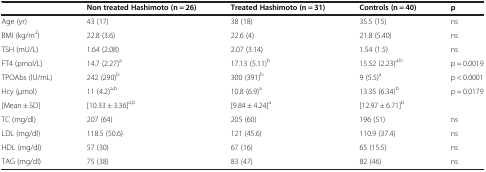
<table><thead><tr><td><b> </b></td><td><b>Non treated Hashimoto (n = 26)</b></td><td><b>Treated Hashimoto (n = 31)</b></td><td><b>Controls (n = 40)</b></td><td><b>p</b></td></tr></thead><tbody><tr><td>Age (yr)</td><td>43 (17)</td><td>38 (18)</td><td>35.5 (15)</td><td>ns</td></tr><tr><td>BMI (kg/m<sup>2</sup>)</td><td>22.8 (3.6)</td><td>22.6 (4)</td><td>21.8 (5.40)</td><td>ns</td></tr><tr><td>TSH (mU/L)</td><td>1.64 (2.08)</td><td>2.07 (3.14)</td><td>1.54 (1.5)</td><td>ns</td></tr><tr><td>FT4 (pmol/L)</td><td>14.7 (2.27)<sup>a</sup></td><td>17.13 (5.11)<sup>b</sup></td><td>15.52 (2.23)<sup>a,b</sup></td><td>p = 0.0019</td></tr><tr><td>TPOAbs (IU/mL)</td><td>242 (290)<sup>b</sup></td><td>300 (391)<sup>b</sup></td><td>9 (5.5)<sup>a</sup></td><td>p &lt; 0.0001</td></tr><tr><td>Hcy (μmol)</td><td>11 (4.2)<sup>a,b</sup></td><td>10.8 (6.9)<sup>a</sup></td><td>13.35 (6.34)<sup>b</sup></td><td>p = 0.0179</td></tr><tr><td>[Mean ± SD]</td><td>[10.33 ± 3.36]<sup>a,b</sup></td><td>[9.84 ± 4.24]<sup>a</sup></td><td>[12.97 ± 6.71]<sup>b</sup></td><td> </td></tr><tr><td>TC (mg/dl)</td><td>207 (64)</td><td>205 (60)</td><td>196 (51)</td><td>ns</td></tr><tr><td>LDL (mg/dl)</td><td>118.5 (50.6)</td><td>121 (45.6)</td><td>110.9 (37.4)</td><td>ns</td></tr><tr><td>HDL (mg/dl)</td><td>57 (30)</td><td>67 (16)</td><td>65 (15.5)</td><td>ns</td></tr><tr><td>TAG (mg/dl)</td><td>75 (38)</td><td>83 (47)</td><td>82 (46)</td><td>ns</td></tr></tbody></table>